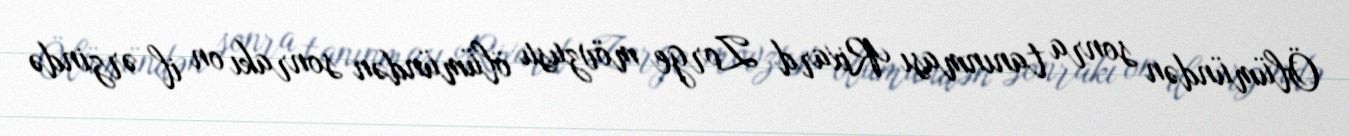
Ölümündən sonra tanınması Rixard Zorge mövzusu ölümündən sonrakı on il ərzində